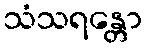
သံသရန္တော